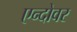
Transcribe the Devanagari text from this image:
एन्दोवर